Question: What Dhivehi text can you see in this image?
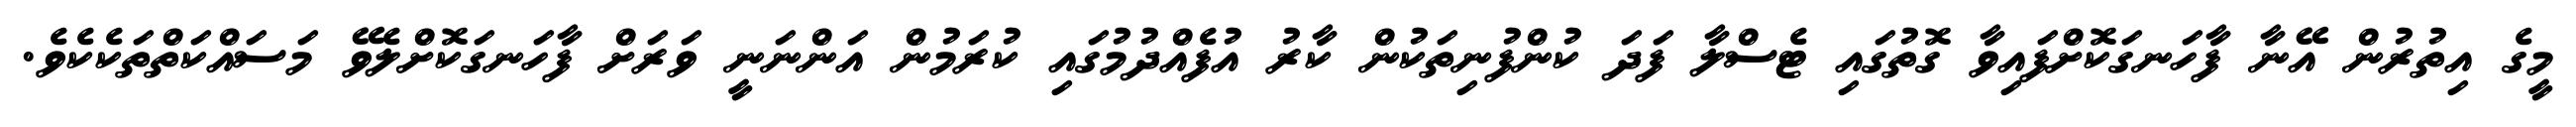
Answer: މީގެ އިތުރުން އޭނާ ފާހަނގަކޮށްފައިވާ ގޮތުގައި ޓެސްލާ ފަދަ ކުންފުނިތަކުން ކާރު އުފެއްދުމުގައި ކުރަމުން އަންނަނީ ވަރަށް ފާހަނގަކޮށްލެވޭ މަސައްކަތްތަކެކެވެ.